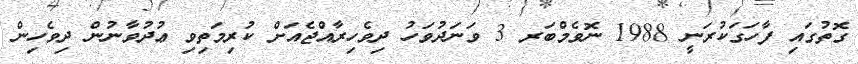
ގޮތުގައި ފާހަގަކުރަނީ 1988 ނޮވެމްބަރ 3 ވަނަދުވަހު ދިވެހިރާއްޖެއަށް ކުރިމަތިވި ޢުދުވާނުން ދިވެހިން